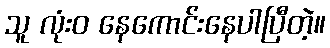
သူ လုံးဝ နေကောင်းနေပါပြီတဲ့။